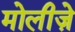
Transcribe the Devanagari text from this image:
मोलीज़े